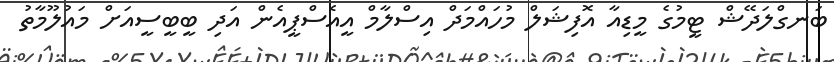
ބަނގްލަދޭޝް ޓީމުގެ މީޑިއާ އޮފިޝަލް މުހައްމަދް އިސްލާމް އީއެސްޕީއެން އަދި ބީބީސީއަށް މައުލޫމާތު